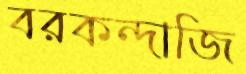
বরকন্দাজি